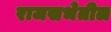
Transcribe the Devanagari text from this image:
राजसभेतील